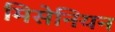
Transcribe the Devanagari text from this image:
मिसेनियन